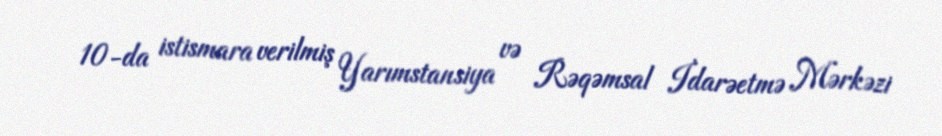
10-da istismara verilmiş Yarımstansiya və Rəqəmsal İdarəetmə Mərkəzi